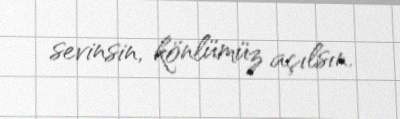
sevinsin, könlümüz açılsın.